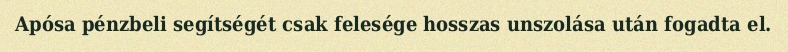
Apósa pénzbeli segítségét csak felesége hosszas unszolása után fogadta el.